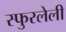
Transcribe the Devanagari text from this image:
स्फुरलेली